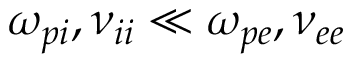
\omega _ { p i } , { \nu _ { i i } } \ll \omega _ { p e } , { \nu _ { e e } }